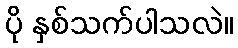
ပို နှစ်သက်ပါသလဲ။